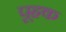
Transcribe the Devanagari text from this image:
पूहक